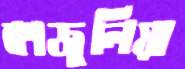
কাজুলিয়া